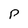
Character: P